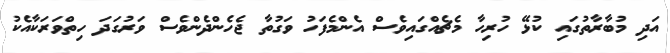
އަދި މުބާރާތުގައި ކުޅޭ ހުރިހާ މެޗެއްގައިވެސް އެންމެފަހު ވަގުތާ ޖެހެންދެންވެސް ވަރުގަދަ ހިތްވަރަކާއެކު